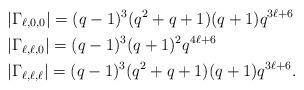
LaTeX: \begin{align*} &|\Gamma_{\ell,0,0}|=(q-1)^3(q^2+q+1)(q+1)q^{3\ell+6}\\&|\Gamma_{\ell,\ell,0}|=(q-1)^3(q+1)^2q^{4\ell+6}\\ &|\Gamma_{\ell,\ell,\ell}|=(q-1)^3(q^2+q+1)(q+1)q^{3\ell+6}. \end{align*}